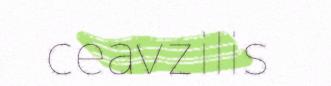
ceavzilis